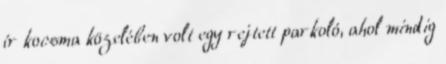
ír kocsma közelében volt egy rejtett parkoló, ahol mindig